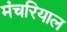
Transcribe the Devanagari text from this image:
मंचरियाल